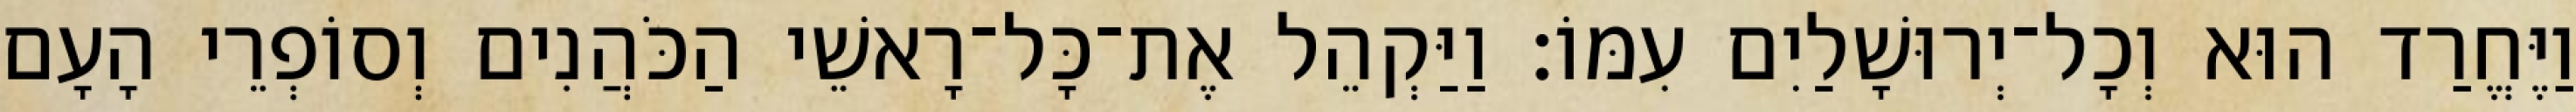
וַיֶּחֱרַד הוּא וְכָל־יְרוּשָׁלַיִם עִמּוֹ׃ וַיַּקְהֵל אֶת־כָּל־רָאשֵׁי הַכֹּהֲנִים וְסוֹפְרֵי הָעָם